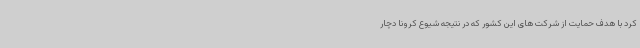
کرد با هدف حمایت از شرکت های این کشور که در نتیجه شیوع کرونا دچار